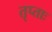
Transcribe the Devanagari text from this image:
तृप्ताः